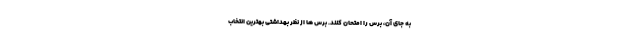
به جای آن، برس را امتحان کنند. برس ها از نظر بهداشتی بهترین انتخاب